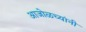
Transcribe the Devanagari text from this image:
आजोळच्यांनी